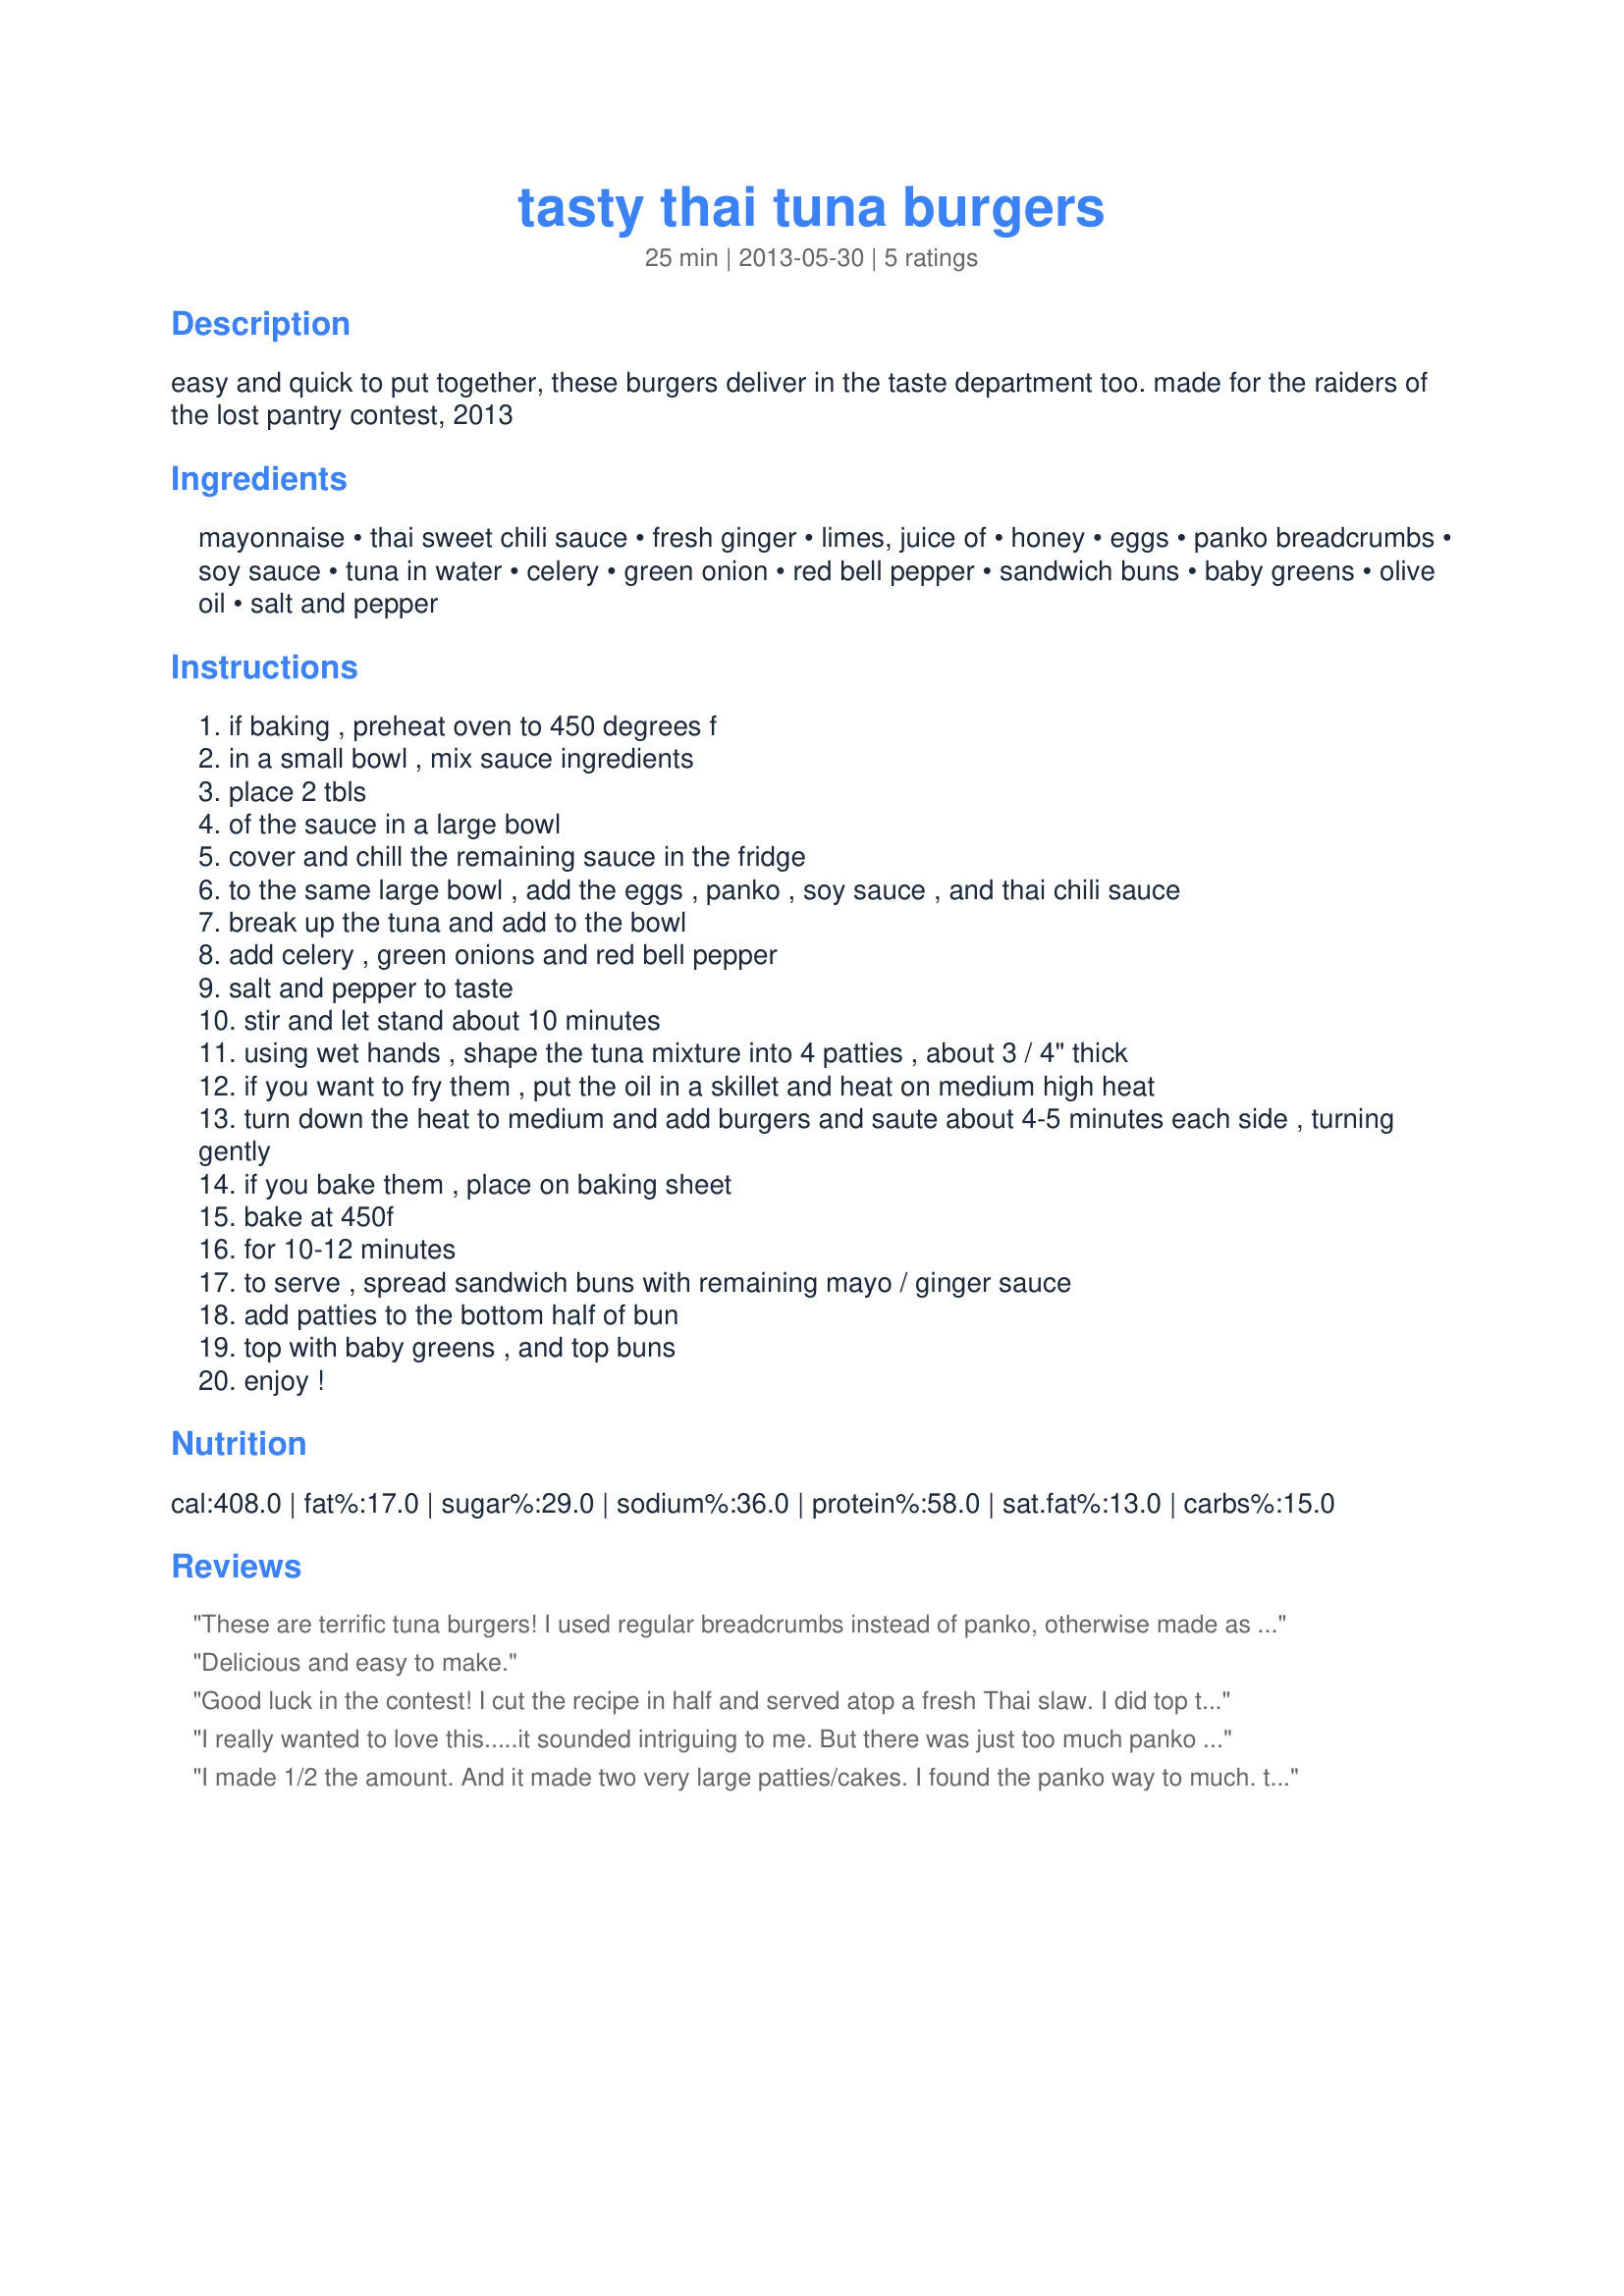
tasty thai tuna burgers
Preparation time: 25 minutes

easy and quick to put together, these burgers deliver in the taste department too. made for the raiders of the lost pantry contest, 2013

Ingredients:
mayonnaise, thai sweet chili sauce, fresh ginger, limes, juice of, honey, eggs, panko breadcrumbs, soy sauce, tuna in water, celery, green onion, red bell pepper, sandwich buns, baby greens, olive oil, salt and pepper

Steps:
if baking , preheat oven to 450 degrees f
in a small bowl , mix sauce ingredients
place 2 tbls
of the sauce in a large bowl
cover and chill the remaining sauce in the fridge
to the same large bowl , add the eggs , panko , soy sauce , and thai chili sauce
break up the tuna and add to the bowl
add celery , green onions and red bell pepper
salt and pepper to taste
stir and let stand about 10 minutes
using wet hands , shape the tuna mixture into 4 patties , about 3 / 4" thick
if you want to fry them , put the oil in a skillet and heat on medium high heat
turn down the heat to medium and add burgers and saute about 4-5 minutes each side , turning gently
if you bake them , place on baking sheet
bake at 450f
for 10-12 minutes
to serve , spread sandwich buns with remaining mayo / ginger sauce
add patties to the bottom half of bun
top with baby greens , and top buns
enjoy !

Reviews:
These are terrific tuna burgers! I used regular breadcrumbs instead of panko, otherwise made as directed. Cooked them undisturbed for about 5 minutes on each side and they got a nice crust on them. I used spinach for the greens on the sandwich. Easy to make and full of flavor - thanks for sharing the recipe!
Delicious and easy to make.
Good luck in the contest! I cut the recipe in half and served atop a fresh Thai slaw. I did top the burgers with the flavored mayonnaise which DH and I both agreed brought a nice flavor to the tuna. Other than using slaw in place of the bun did not change anything, DH loved as is but I was looking for a bit more punch. Thanks for the post.
I really wanted to love this.....it sounded intriguing to me. But there was just too much panko as posted. I enjoyed the flavored mayo....and I think if you either increased the amount of tuna and threw in some cilantro or basil or reduced the amount of panko these might just turn out perfectly. Thanks for sharing!
I made 1/2 the amount. And it made two very large patties/cakes. I found the panko way to much. the sweet chili sauce I tripled in the sauce. Skipped salt because there was already soy. I did add fresh grown basil, mint and lemon verbena. Thai to me always has fresh fragrant herbs. I did serve over fresh picked greens and skipped the bun. I`m glad I did because of all the panko. Keeping it lower in carbs. I really wanted to enjoy this. My sister had to add more sweet chili sauce to hers. Thank you.
